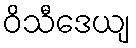
ဝိသီဒေယျ